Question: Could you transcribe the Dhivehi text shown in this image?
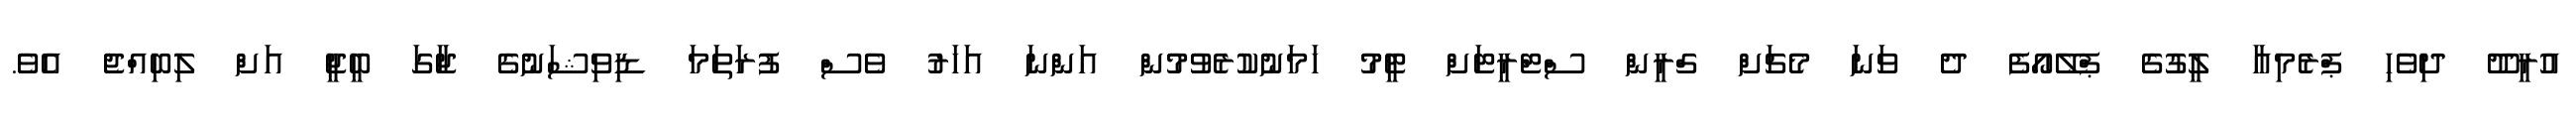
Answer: އުރީދޫ ދިވެހި ޕްރެމިއާ ލީގުގެ ޕްލޭއޯފެ ދެ ވަނަ މެޗަށް ގްރީން ސްޓްރީޓަށް ޓީމު ހަމަނުކުރެވުމުން އަންނަ އަހަރު ވެސް ފުރަތަމަ ޑިވިޝަނުގެ ޖާގަ ބީޖީ އަށް ލިބިއްޖެ އެވެ.